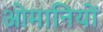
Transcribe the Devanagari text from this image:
ओमानियों